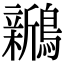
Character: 𬷵